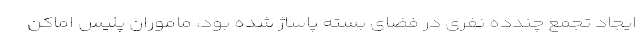
ایجاد تجمع چندده نفری در فضای بسته پاساژ شده بود، ماموران پلیس اماکن